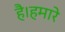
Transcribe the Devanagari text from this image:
है।हमारे